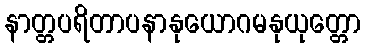
နာတ္တပရိတာပနာနုယောဂမနုယုတ္တော